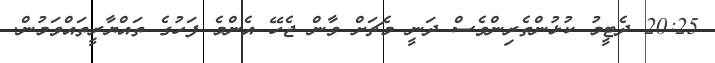
20:25 ދެޓީމު ކުޅުންތެރިންވެސް ދަނީ މެޗަށް ވާން ޖެހޭ އެންމެ ފަހުގެ ތައްޔާރީތައްވަމުން.